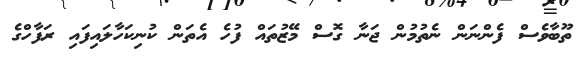
ތޫބާވެސް ފެންނަން ނެތުމުން ޖަނާ ގޮސް މޭޒުތައް ފުހެ އެތަން ކުނިކަހާލައިފައި ރަފާހްގެ